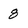
Character: 8